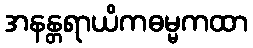
အနန္တရာယိကဓမ္မကထာ